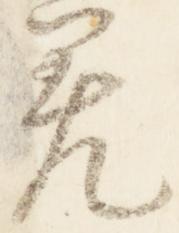
差